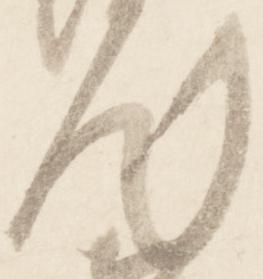
汰